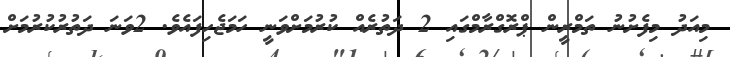
މިއަދު މިފެށުނު ތަމްރީން ޕްރޮގްރާމްގައި 2 ދަތުރެއް ކުރުމަށްވަނީ ހަމަޖެހިފައެވެ. 2ވަނަ ދަތުރުކުރުމަށް